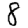
Digit: 8